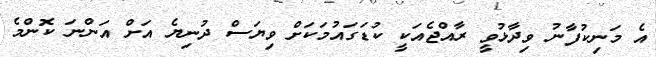
އެ މަނިކުފާނު ވިދާޅުވީ ރާއްޖެއަކީ ކުޑަގައުމަކަށް ވިޔަސް ދުނިޔެ އަށް އަންނަ ކޮންމެ